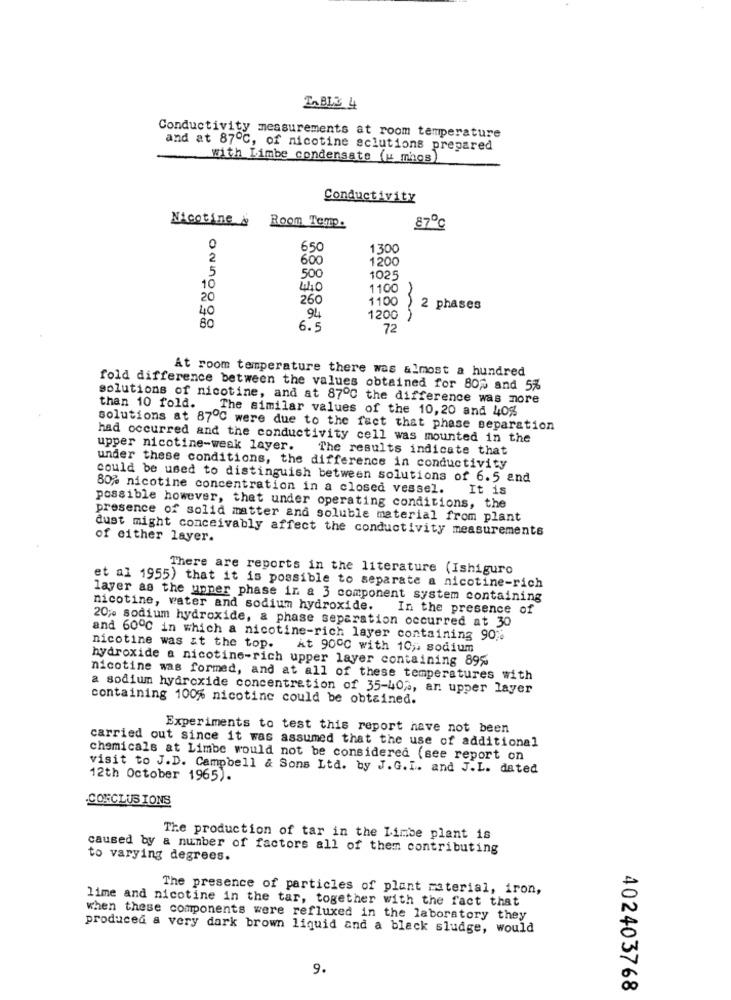
TABL3 4
Conductivity measurements at room temperature
and at 87℃, of nicotine sclutions prepared
with Limbe condensate (umhos
Conductivity
Nicotine &
Room Temp.
87℃
0
650
1,300
2
600
1200
5
500
1025
10
44,0
1100
20
260
1100
40
2 phases
94
1200 )
6.5
72
At room temperature there was almost a hundred
fold difference between the values obtained for 80% and 5%
solutions of nicotine, and at 87℃ the difference was more
than 10 fold. The similar values of the 10,20 and 40%
solutions at 87℃ were due to the fact that phase separation
had occurred and the conductivity cell was mounted in the
upper nicotine-weak layer.
The results indicate that
under these conditions, the difference in conductivity
could be used to distinguish between solutions of 6.5 and
80% nicotine concentration in a closed vessel.
It is
possible however, that under operating conditions, the
presence of solid matter and soluble material from plant
dust might conceivably affect the conductivity measurements
of either layer.
There are reports in the literature (Ishiguro
et al 1955) that it is possible to separate a nicotine-rich
layer as the upper phase in a 3 component system containing
nicotine, water and sodium hydroxide. In the presence of
20% sodium hydroxide, & phase separation occurred at 30
and 600℃ in which a nicotine-rich layer containing 90".
nicotine was at the top.
At 900℃ with 10 ;: sodium
hydroxide a nicotine-rich upper layer containing 89%
nicotine was formed, and at all of these temperatures with
a sodium hydroxide concentration of 35-40%, an upper layer
containing 100% nicotine could be obtained.
Experiments to test this report have not been
carried out since it was assumed that the use of additional
chemicals at Limbe would not be considered (see report on
visit to J.D. Campbell & Sons Ltd. by J.G. I. and J.L. dated
12th October 1965).
CONCLUS IONS
The production of tar in the Limbe plant is
caused by a number of factors all of them contributing
to varying degrees.
The presence of particles of plant material, iron,
lime and nicotine in the tar, together with the fact that
when these components were refluxed in the laboratory they
produced a very dark brown liquid and a black sludge, would
9.
402403768